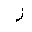
Letter: _zay